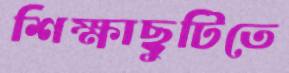
শিক্ষাছুটিতে